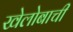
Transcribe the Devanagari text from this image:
खेलोबाची